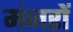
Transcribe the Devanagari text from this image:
मंजरों